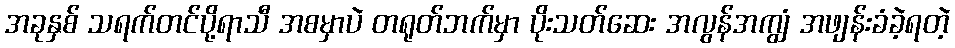
အခုနှစ် သရက်တင်ပို့ရာသီ အစမှာပဲ တရုတ်ဘက်မှာ ပိုးသတ်ဆေး အလွန်အကျွံ အဖျန်းခံခဲ့ရတဲ့